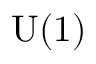
\mathrm { U } ( 1 )